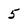
Character: 5